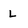
Character: L